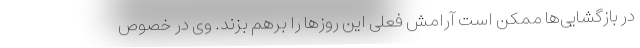
در بازگشایی‌ها ممکن است آرامش فعلی این روزها را برهم بزند. وی در خصوص